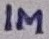
Text: 1M